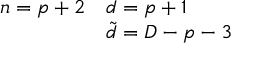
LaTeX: \begin{array} { l l } { { n = p + 2 } } & { { d = p + 1 } } \\ { { \null } } & { { { \tilde { d } } = D - p - 3 } } \end{array}